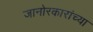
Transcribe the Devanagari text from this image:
जानोरकारांच्या